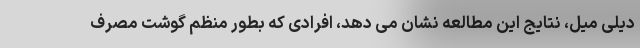
دیلی میل، نتایج این مطالعه نشان می دهد، افرادی که بطور منظم گوشت مصرف